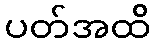
ပတ်အထိ